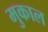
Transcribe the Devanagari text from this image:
मुकाल